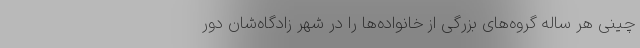
چینی هر ساله گروه‌های بزرگی از خانواده‌ها را در شهرِ زادگاه‌شان دور